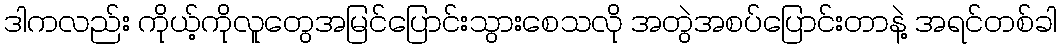
ဒါကလည်း ကိုယ့်ကိုလူတွေအမြင်ပြောင်းသွားစေသလို အတွဲအစပ်ပြောင်းတာနဲ့ အရင်တစ်ခါ